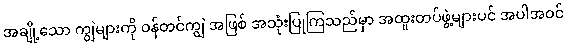
အချို့သော ကျွဲများကို ဝန်တင်ကျွဲ အဖြစ် အသုံးပြုကြသည်မှာ အထူးတပ်ဖွဲ့များပင် အပါအဝင်